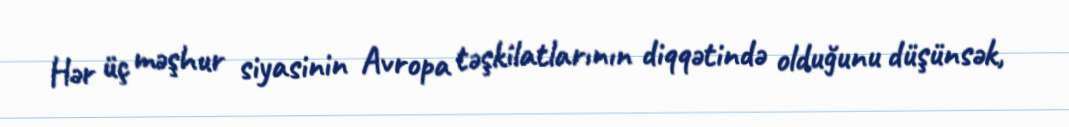
Hər üç məşhur siyasinin Avropa təşkilatlarının diqqətində olduğunu düşünsək,